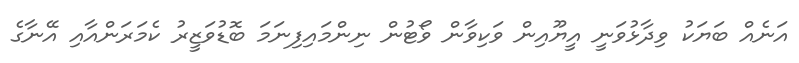
އަނެއް ބަޔަކު ވިދާޅުވަނީ އީޔޫއިން ވަކިވާން ވޯޓުން ނިންމައިފިނަމަ ބޮޑުވަޒީރު ކެމަރަންއާއި އޭނާގެ